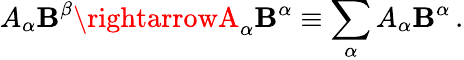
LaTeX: A_{\alpha}\mathbf{B}^{\beta}\rightarrowA_{\alpha}\mathbf{B}^{\alpha}\equiv\sum_{\alpha}A_{\alpha}\mathbf{B}^{\alpha}\, .